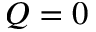
Q = 0